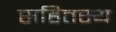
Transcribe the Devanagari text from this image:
सहितस्य